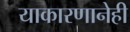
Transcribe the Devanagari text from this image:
याकारणानेही